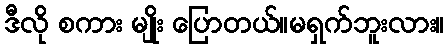
ဒီလို စကား မျိုး ပြောတယ်။မရှက်ဘူးလား။